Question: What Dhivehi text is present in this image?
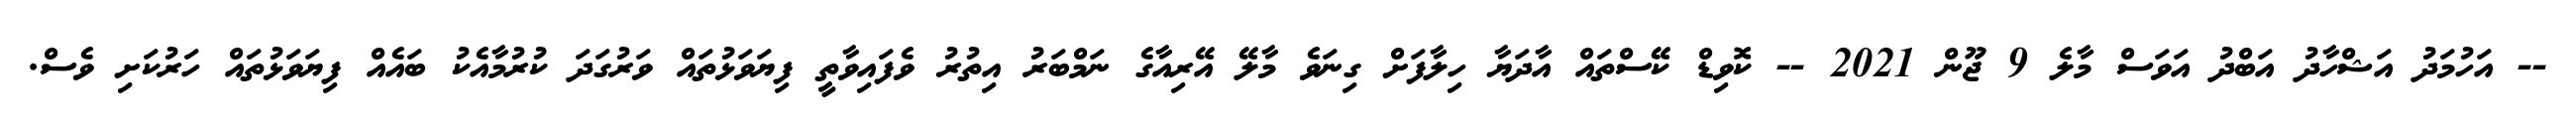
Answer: -- އަހުމަދު އަޝްހާދު އަބްދު އަވަސް މާލެ 9 ޖޫން 2021 -- ކޮވިޑް ކޭސްތައް އާދަޔާ ހިލާފަށް ގިނަވެ މާލޭ އޭރިއާގެ ނަމްބަރު އިތުރު ވެފައިވާތީ ފިޔަވަޅުތައް ވަރުގަދަ ކުރުމާއެކު ބައެއް ފިޔަވަޅުތައް ހަރުކަށި ވެސް.